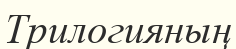
Трилогияның